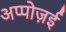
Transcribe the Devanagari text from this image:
अप्पोज़ई